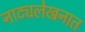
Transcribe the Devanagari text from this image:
नाट्यलेखनात